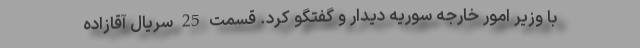
با وزیر امور خارجه سوریه دیدار و گفتگو کرد. قسمت 25 سریال آقازاده